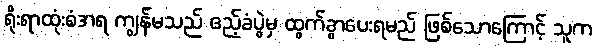
ရိုးရာထုံးစံအရ ကျွန်မသည် ဧည့်ခံပွဲမှ ထွက်ခွာပေးရမည် ဖြစ်သောကြောင့် သူက